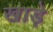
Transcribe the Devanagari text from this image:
खाड़े